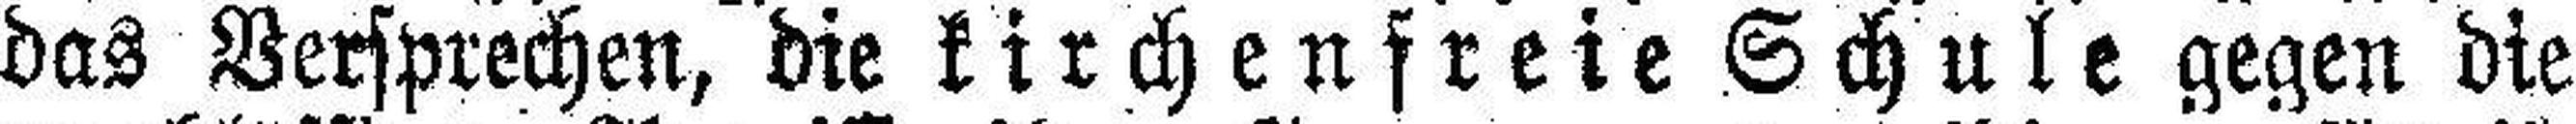
das Versprechen, die kirchenfreie Schule gegen die